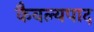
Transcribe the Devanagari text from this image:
कैवल्यपाद